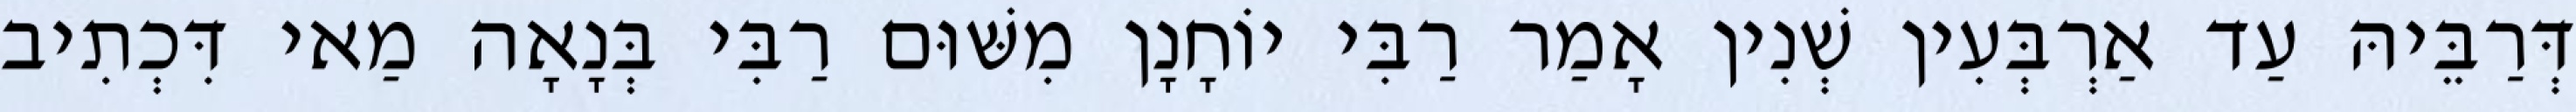
דְּרַבֵּיהּ עַד אַרְבְּעִין שְׁנִין אָמַר רַבִּי יוֹחָנָן מִשּׁוּם רַבִּי בְּנָאָה מַאי דִּכְתִיב